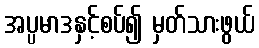
အပ္ပမာဒနှင့်စပ်၍ မှတ်သားဖွယ်